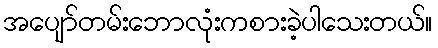
အပျော်တမ်းဘောလုံးကစားခဲ့ပါသေးတယ်။